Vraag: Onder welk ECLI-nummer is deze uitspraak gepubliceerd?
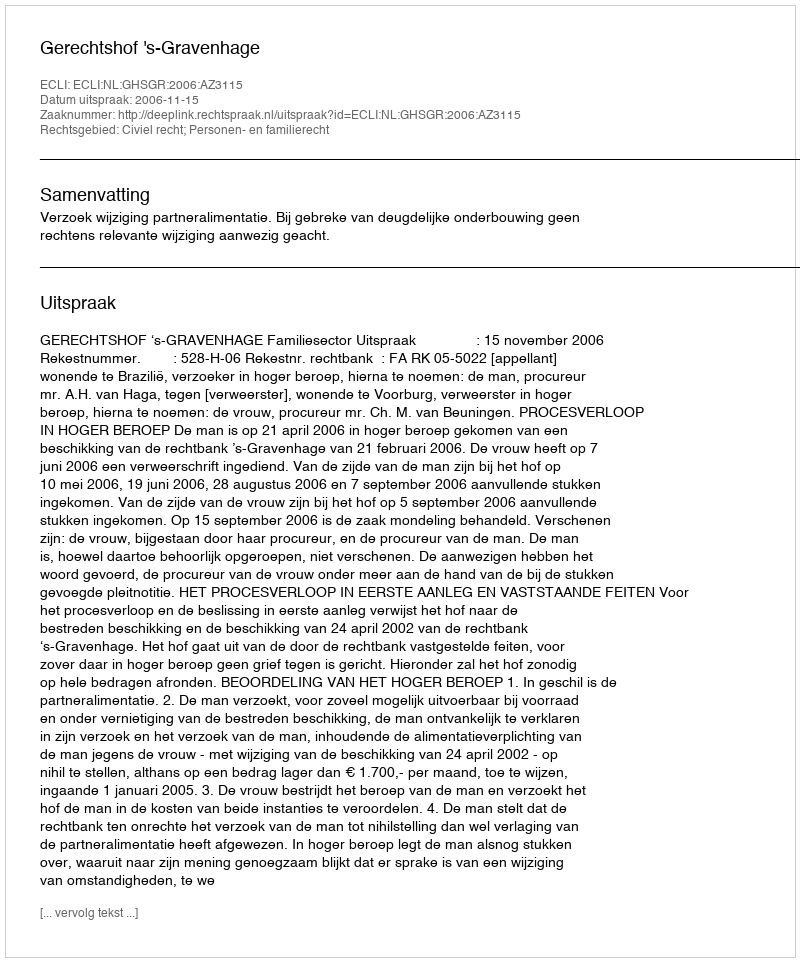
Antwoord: ECLI:NL:GHSGR:2006:AZ3115